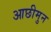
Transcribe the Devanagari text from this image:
आछीमुन